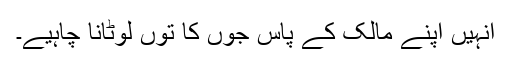
انہیں اپنے مالک کے پاس جوں کا توں لوٹانا چاہیے۔